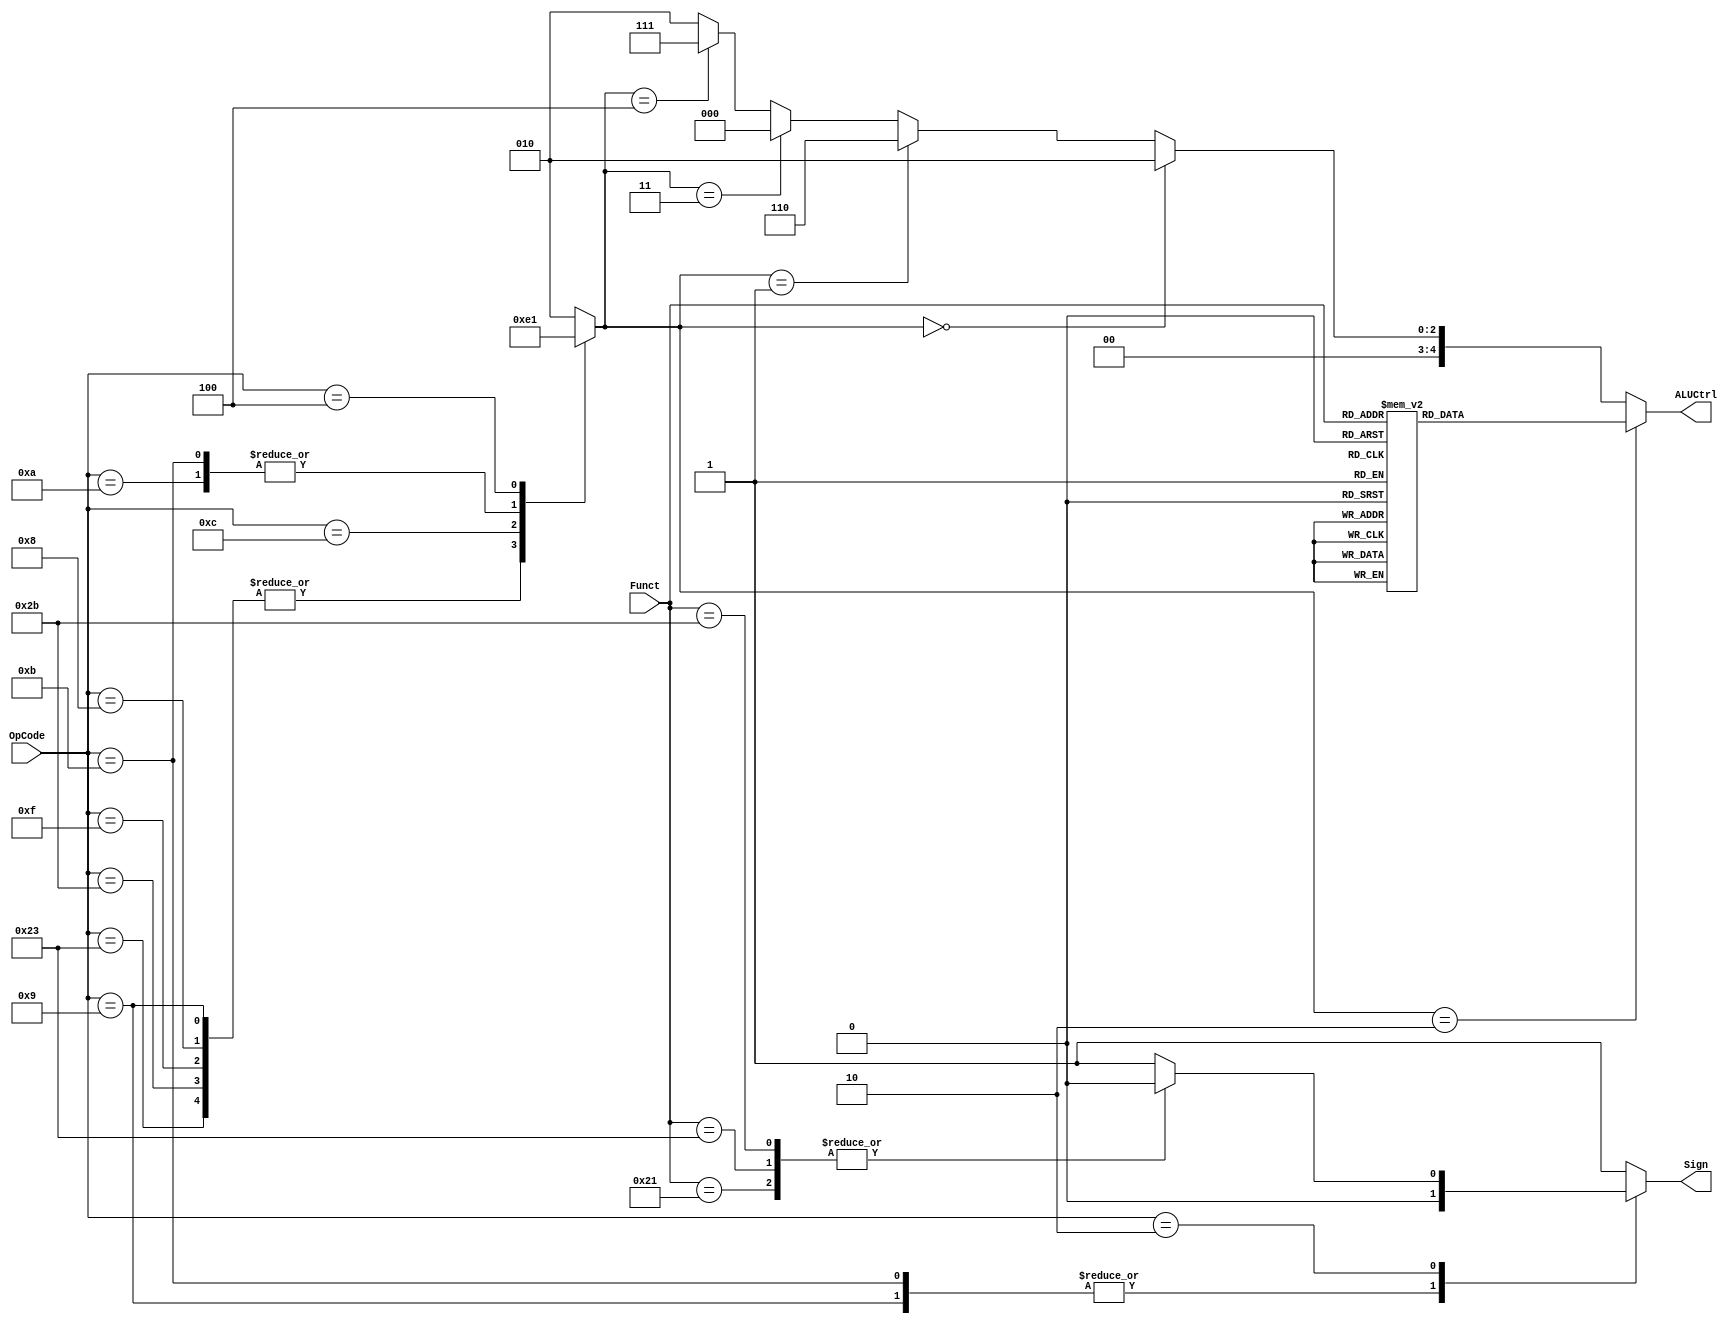
`timescale 1ns / 1ps
module ALUControl(OpCode,
                  Funct,
                  ALUCtrl,
                  Sign);
    input [5:0] OpCode;
    input [5:0] Funct;
    output reg [4:0] ALUCtrl;
    output reg Sign;
    
    // Your code below
    
    reg [2:0] ALUOp;
    
    // MIPS Opcodes
    parameter lw_op  = 6'h23; // load word(I)
    parameter sw_op  = 6'h2b; // save word(I)
    parameter lui_op = 6'h0f; // load upper 16 bits of immediate(I)
    
    parameter add_op   = 6'h00; // add(R)
    parameter addu_op  = 6'h00; // add unsigned #! u(R)
    parameter sub_op   = 6'h00; // sub(R)
    parameter subu_op  = 6'h00; // sub unsigned #! u(R)
    parameter addi_op  = 6'h08; // add immediate(I)
    parameter addiu_op = 6'h09; // add immediate unsigned #! u(I)
    
    parameter and_op   = 6'h00; // and(R)
    parameter or_op    = 6'h00; // or(R)
    parameter xor_op   = 6'h00; // xor(R)
    parameter nor_op   = 6'h00; // nor(R)
    parameter andi_op  = 6'h0c; // and immediate(I)
    parameter sll_op   = 6'h00; // shift left logical(R)
    parameter srl_op   = 6'h00; // shift right logical(R)
    parameter sra_op   = 6'h00; // shift right algorithm(R)
    parameter slt_op   = 6'h00; // set on less than(R)
    parameter sltu_op  = 6'h00; // set on less than unsigned #! u(R)
    parameter slti_op  = 6'h0a; // set on less than immediate(I)
    parameter sltiu_op = 6'h0b; // set on less than immediate unsigned #! u(I)
    
    parameter beq_op  = 6'h04; // branch equal(I)
    parameter j_op    = 6'h02; // jump(J)
    parameter jal_op  = 6'h03; // jump and link(J)
    parameter jr_op   = 6'h00; // jump register(R)
    parameter jalr_op = 6'h00; // (R)
    
    
    // MIPS Functs
    parameter add_fun  = 6'h20;
    parameter addu_fun = 6'h21; //! u
    parameter sub_fun  = 6'h22;
    parameter subu_fun = 6'h23; //! u
    
    parameter and_fun = 6'h24;
    parameter or_fun  = 6'h25;
    parameter xor_fun = 6'h26;
    parameter nor_fun = 6'h27;
    
    parameter sll_fun  = 6'h00;
    parameter srl_fun  = 6'h02;
    parameter sra_fun  = 6'h03;
    parameter slt_fun  = 6'h2a;
    parameter sltu_fun = 6'h2b; //! u
    
    parameter jr_fun   = 6'h08;
    parameter jalr_fun = 6'h09;
    
    // ALUOp
    parameter I1_op = 3'b000; // I type: lw,sw
    parameter I2_op = 3'b001; // I type: beq
    parameter R_op  = 3'b010; // R type
    
    // ALUCtrl signal
    parameter and_ctrl = 5'b00000; // &
    parameter or_ctrl  = 5'b00001; // |
    parameter add_ctrl = 5'b00010; // +
    parameter sub_ctrl = 5'b00110; // -
    parameter slt_ctrl = 5'b00111; // set on less than
    parameter nor_ctrl = 5'b01000; // nor
    parameter xor_ctrl = 5'b01001; // xor
    parameter sll_ctrl = 5'b01010; // <<
    parameter srl_ctrl = 5'b10000; // >>
    parameter sra_ctrl = 5'b10001; // >>(a)
    
    // parameter setsub_ctrl = 5'b11010;
    
    // to decide the signed & unsigned
    // R & I type
    always @(*) begin
        case(OpCode)
            addiu_op: Sign <= 0;
            sltiu_op: Sign <= 0;
            R_op:begin
                case(Funct)
                    addu_fun: Sign <= 0;
                    subu_fun: Sign <= 0;
                    sltu_fun: Sign <= 0;
                    default: Sign  <= 1;
                endcase
            end
            default: Sign  <= 1;
        endcase
    end
    
    
    // step 1: generate ALUop according to OpCode
    always @(*) begin
        case(OpCode)
            lw_op: ALUOp   <= 3'b000;
            sw_op: ALUOp   <= 3'b000;
            lui_op: ALUOp  <= 3'b000;
            addi_op: ALUOp <= 3'b000;
            addiu_op:ALUOp <= 3'b000;
            andi_op: ALUOp <= 3'b011;
            slti_op: ALUOp <= 3'b100;
            sltiu_op:ALUOp <= 3'b100;
            beq_op: ALUOp  <= 3'b001;
            default: ALUOp <= 3'b010;
        endcase
    end
    
    // step 2: generate ALUCtrl according to Funct
    always @(*) begin
        if (ALUOp == 3'b010) begin
            case(Funct)
                add_fun:ALUCtrl  <= add_ctrl;
                addu_fun:ALUCtrl <= add_ctrl;
                sub_fun:ALUCtrl  <= sub_ctrl;
                subu_fun:ALUCtrl <= sub_ctrl;
                
                and_fun:ALUCtrl <= and_ctrl;
                or_fun:ALUCtrl  <= or_ctrl;
                xor_fun:ALUCtrl <= xor_ctrl;
                nor_fun:ALUCtrl <= nor_ctrl;
                
                slt_fun:ALUCtrl <= slt_ctrl;
                sltu_fun:ALUCtrl <= slt_ctrl;
                sll_fun:ALUCtrl <= sll_ctrl;
                srl_fun:ALUCtrl <= srl_ctrl;
                sra_fun:ALUCtrl <= sra_ctrl;

                default:ALUCtrl <= add_ctrl;
            endcase
        end
        else if (ALUOp == 3'b000) // use add
            ALUCtrl <= add_ctrl;
        else if (ALUOp == 3'b001) // use sub
            ALUCtrl <= sub_ctrl;
        else if (ALUOp == 3'b011) // use and
            ALUCtrl <= and_ctrl;
        else if (ALUOp == 3'b100) // use slt
            ALUCtrl <= slt_ctrl;
        else
            ALUCtrl <= add_ctrl;
    end
    
    // Your code above
    
endmodule